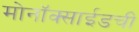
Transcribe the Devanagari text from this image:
मोनॉक्साईडची